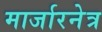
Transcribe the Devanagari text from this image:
मार्जारनेत्र